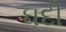
ઘદી